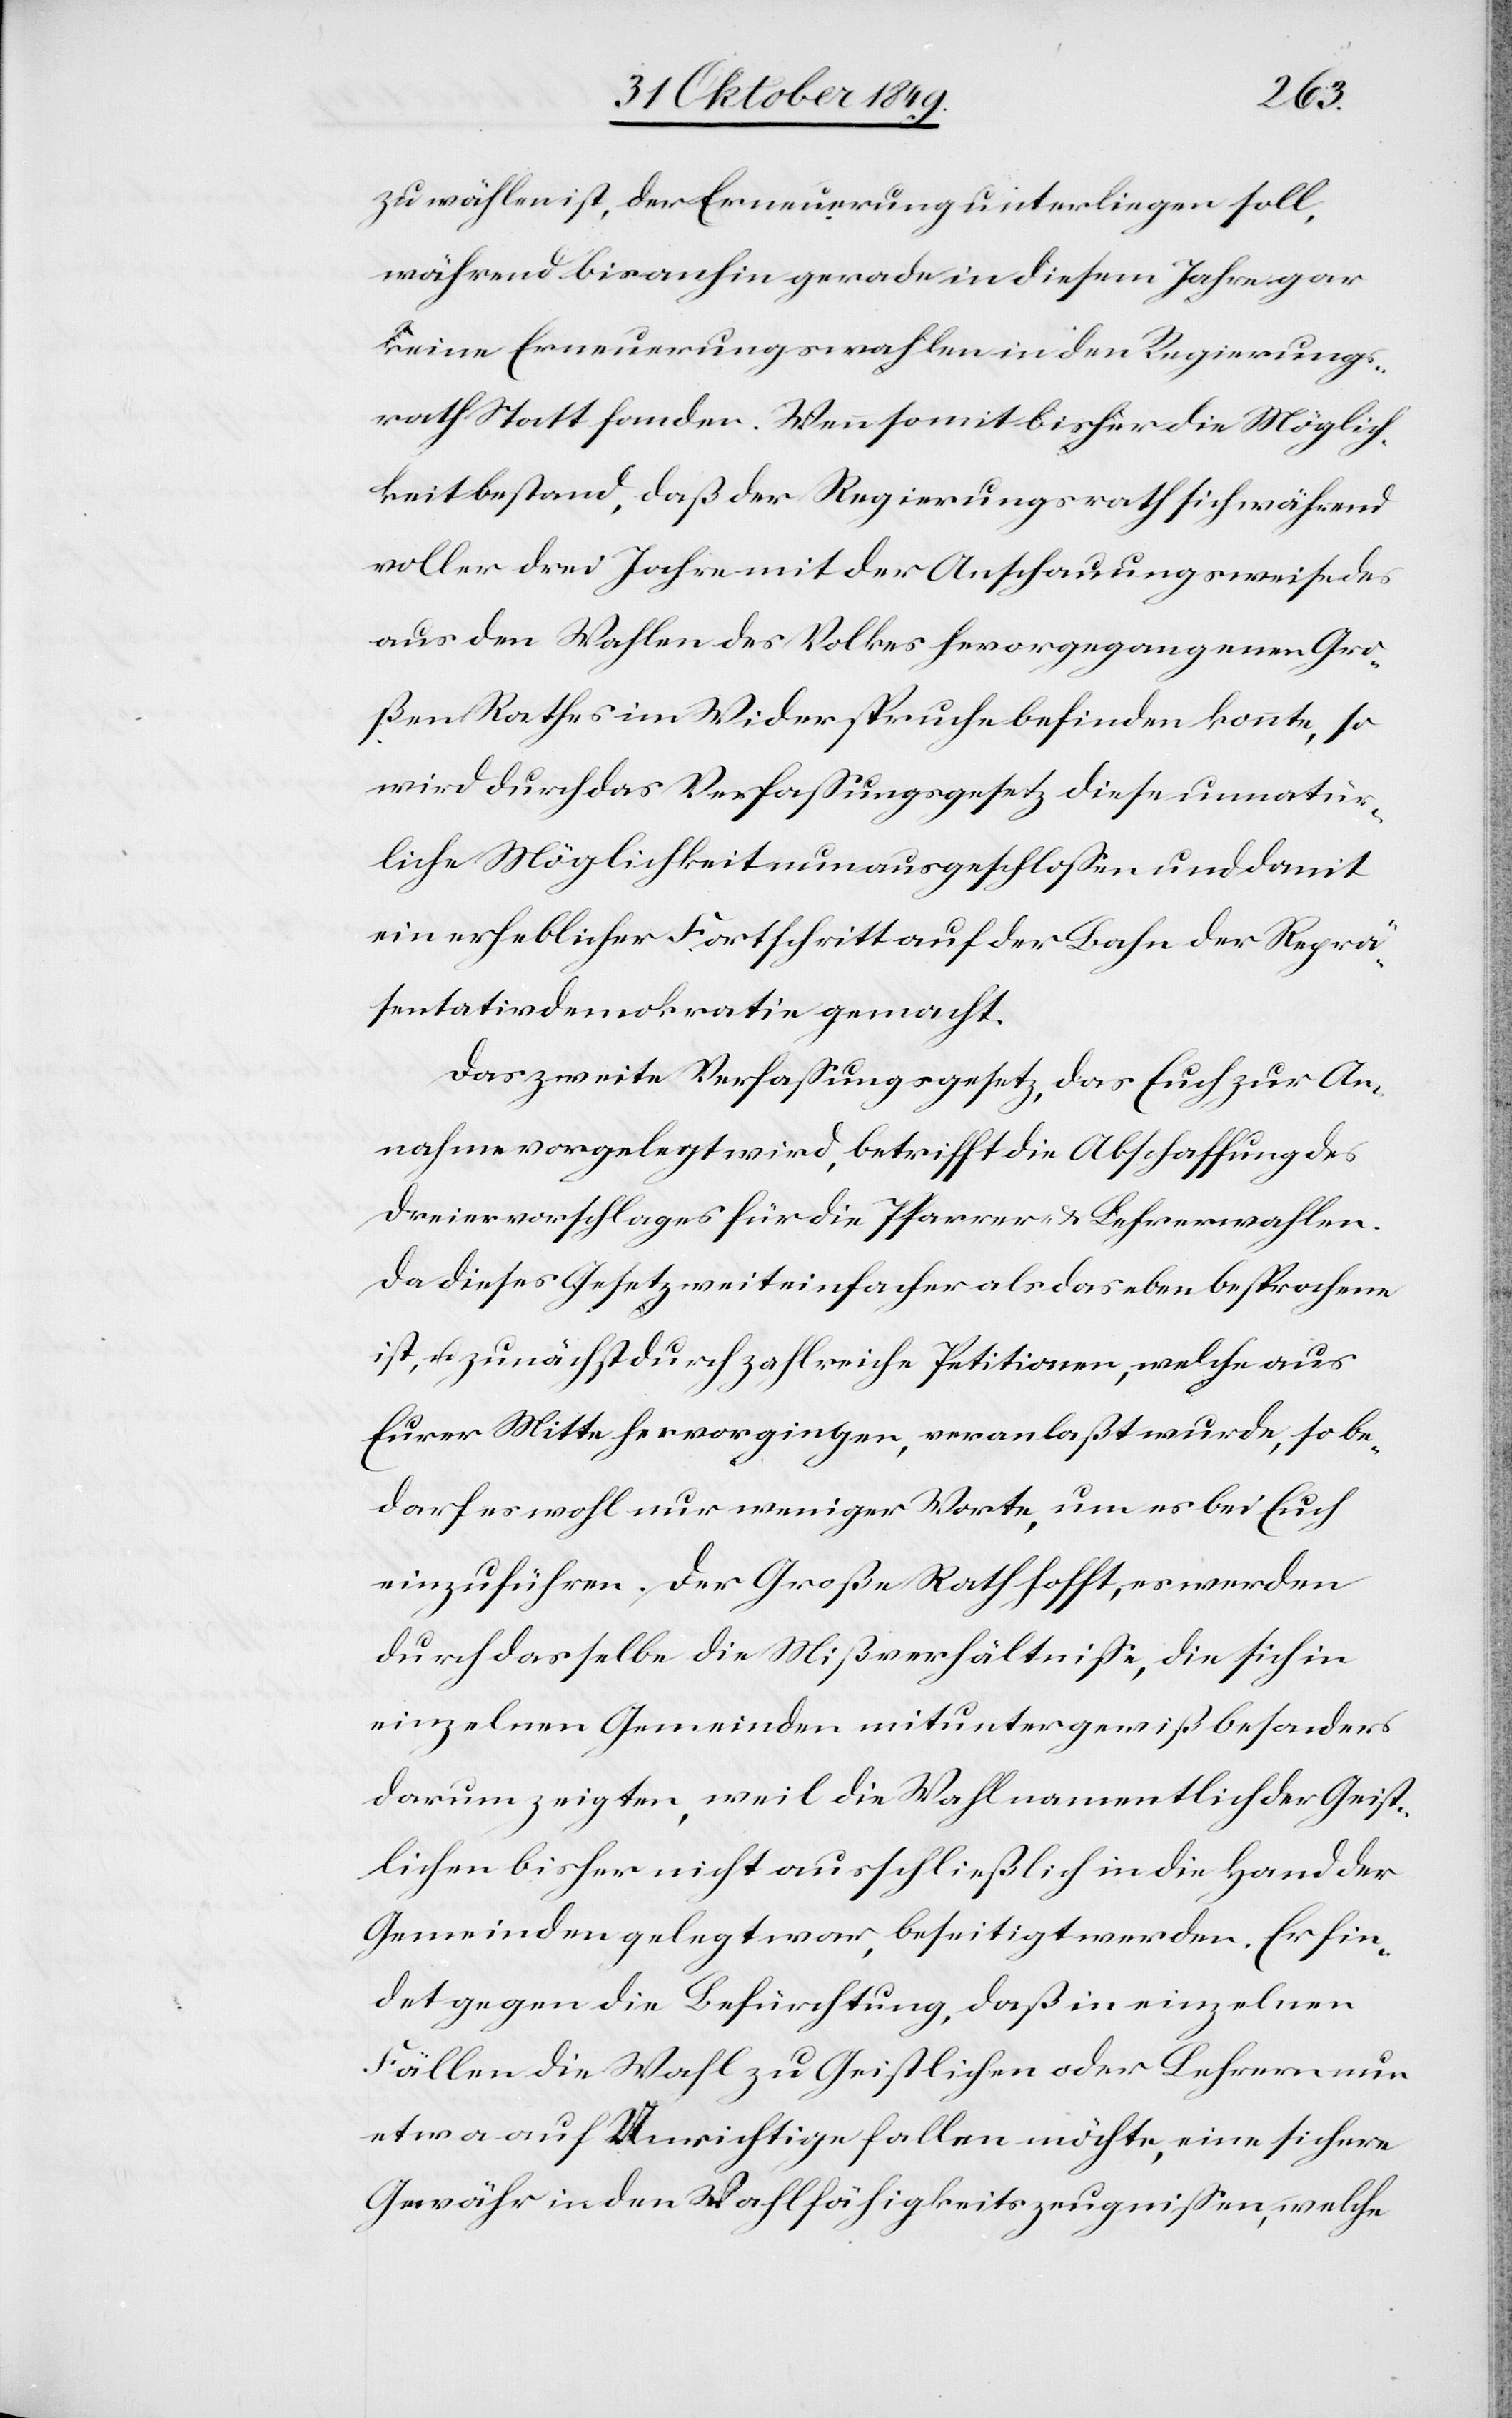
zu wählen ist, der Erneuerung unterliegen soll,
während bisanhin gerade in diesem Jahre gar
keine Erneuerungswahlen in den Regierungs¬
rath Statt finden. Wenn somit bisher die Möglich¬
keit bestand, daß der Regierungsrath sich während
voller drei Jahre mit der Anschauungsweise des
aus den Wahlen des Volkes hervorgegangenen Gro¬
ßen Rathes im Widerspruche befinden könnte, so
wird durch das Verfaßungsgesetz diese unnatür¬
liche Möglichkeit nun ausgeschloßen und damit
ein erheblicher Fortschritt auf der Bahn der Reprä¬
sentativdemokratie gemacht.
Das zweite Verfaßungsgesetz, das Euch zur An¬
nahme vorgelegt wird, betrifft die Abschaffung des
Dreiervorschlages für die Pfarrer u. Lehrerwahlen.
Da dieses Gesetz weit einfacher als das eben besprochene
ist, u. zunächst durch zahlreiche Petitionen, welche aus
Eurer Mitte hervorgingen, veranlaßt wurde, so be¬
darf es wohl nur weniger Worte, um es bei Euch
einzuführen. Der Große Rath hofft, es werden
durch dasselbe die Mißverhältniße, die sich in
einzelnen Gemeinden mitunter gewiß besonders
darum zeigten, weil die Wahl namentlich der Geist¬
lichen bisher nicht ausschließlich in die Hand der
Gemeinden gelegt war, beseitigt werden. Es fin¬
det gegen die Befürchtung, daß in einzelnen
Fällen die Wahl zu Geistlichen oder Lehrern nun
etwa auf Unrichtige fallen möchte, eine sichere
Gewähr in den Wahlfähigkeitszeugnißen, welche